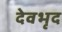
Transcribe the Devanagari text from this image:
देवभृद